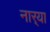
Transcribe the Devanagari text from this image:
नार्‍या